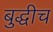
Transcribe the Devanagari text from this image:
बुद्धीच